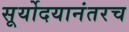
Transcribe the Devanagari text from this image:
सूर्योदयानंतरच